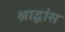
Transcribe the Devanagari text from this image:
श्राद्धांस